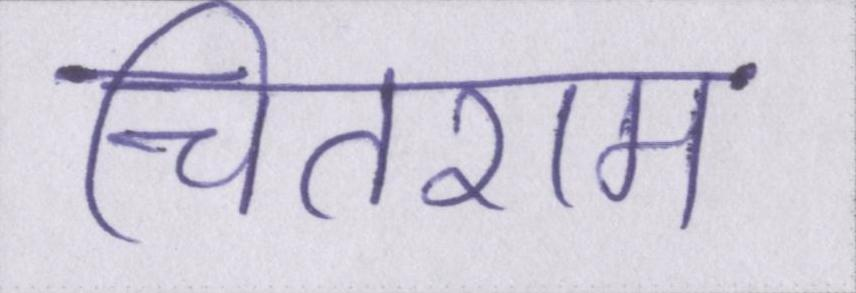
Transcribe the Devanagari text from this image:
चितराम